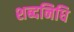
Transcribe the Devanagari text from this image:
शब्दनिधि